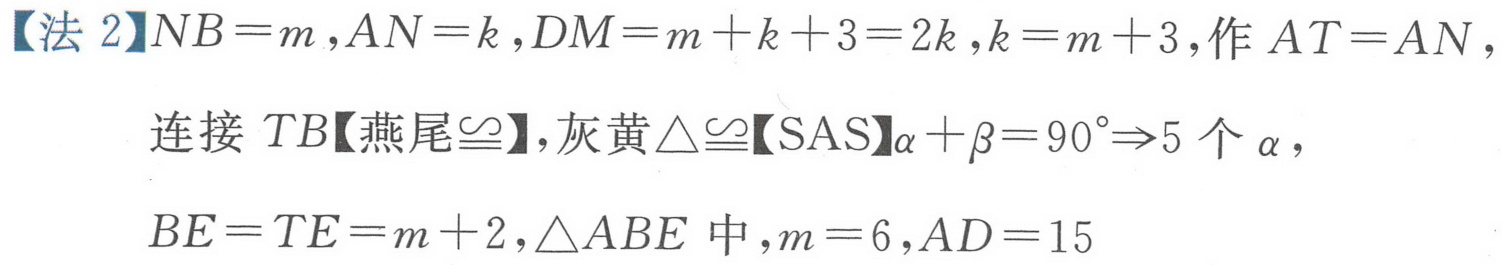
【法2】\(NB = m\),\(AN = k\),\(DM = m + k + 3 = 2k\),\(k = m + 3\),作 \(AT = AN\),
连接 \(TB\)【燕尾\(\cong\)】,灰黄\(\triangle\cong\)【SAS】\(\alpha+\beta = 90^{\circ}\Rightarrow5\)个\(\alpha\),
\(BE = TE = m + 2\),\(\triangle ABE\)中,\(m = 6\),\(AD = 15\)